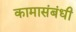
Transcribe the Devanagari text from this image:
कामासंबंधी